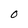
Character: 0